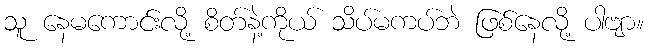
သူ နေမကောင်းလို့ စိတ်နဲ့ကိုယ် သိပ်မကပ်ဘဲ ဖြစ်နေလို့ ပါဗျာ။